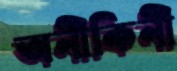
অনীকিনী